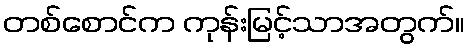
တစ်စောင်က ကုန်းမြင့်သာအတွက်။